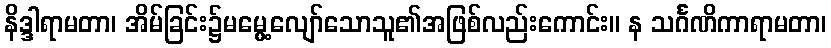
နိဒ္ဒါရာမတာ၊ အိမ်ခြင်း၌မမွေ့လျော်သောသူ၏အဖြစ်လည်းကောင်း။ န သင်္ဂဏိကာရာမတာ၊